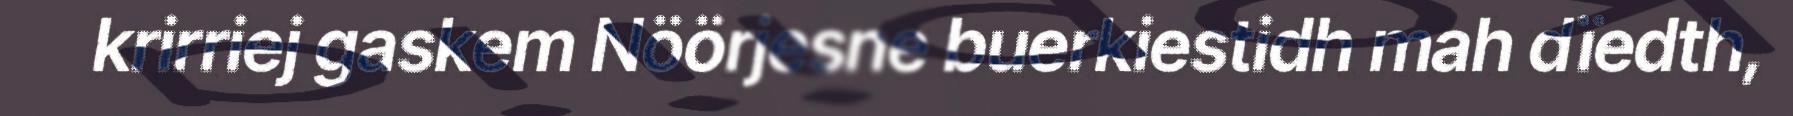
krirriej gaskem Nöörjesne buerkiestidh mah dïedth,